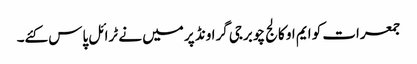
جمعرات کو ایم او کالج چوبرجی گراونڈ پر میں نے ٹرائل پاس کئے۔